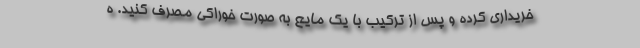
خریداری کرده و پس از ترکیب با یک مایع به صورت خوراکی مصرف کنید. ه